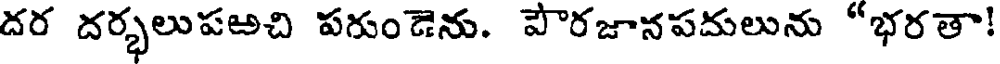
దర దర్భలుపఱచి పగుండెను. పౌరజానపదులును "భరతా!